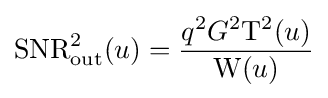
\mathrm {SNR} _{\text{out}}^{2}(u)={\frac {q^{2}G^{2}\mathrm {T} ^{2}(u)}{\mathrm {W} (u)}}